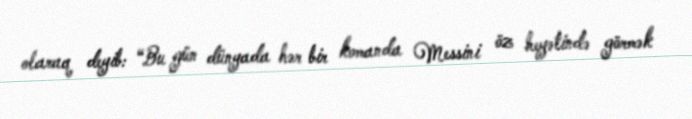
olaraq deyib: “Bu gün dünyada hər bir komanda Messini öz heyətində görmək